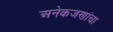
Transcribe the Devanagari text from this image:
अनेकजणांचा